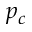
p _ { c }